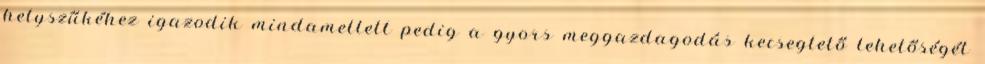
helyszűkéhez igazodik mindamellett pedig a gyors meggazdagodás kecsegtető lehetőségét